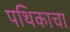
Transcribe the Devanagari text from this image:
पथिकाचा